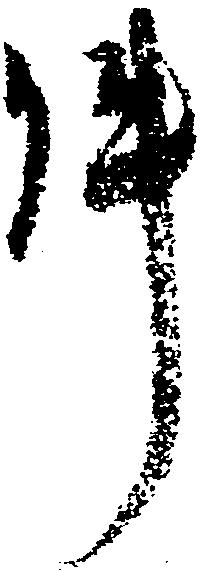
件